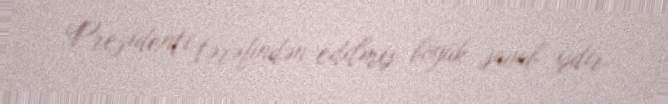
Prezidenti tərəfindən edilmiş böyük savab işdir.